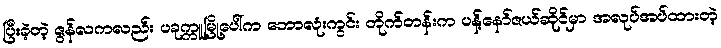
ပြီးခဲ့တဲ့ ဇွန်လကလည်း ပခုက္ကူမြို့ပေါ်က ဘောလုံးကွင်း တိုက်တန်းက ပန့်နော်ဇယ်ဆိုင်မှာ အလုပ်အပ်ထားတဲ့